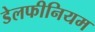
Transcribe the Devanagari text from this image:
डेलफीनियम